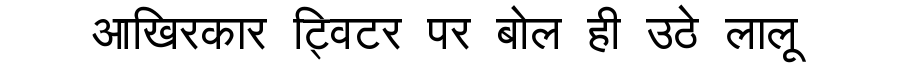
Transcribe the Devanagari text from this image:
आखिरकार ट्विटर पर बोल ही उठे लालू